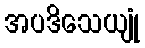
အပဒိသေယျုံ